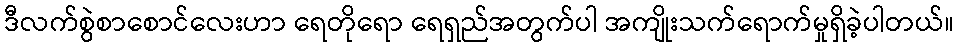
ဒီလက်စွဲစာစောင်လေးဟာ ရေတိုရော ရေရှည်အတွက်ပါ အကျိုးသက်ရောက်မှုရှိခဲ့ပါတယ်။